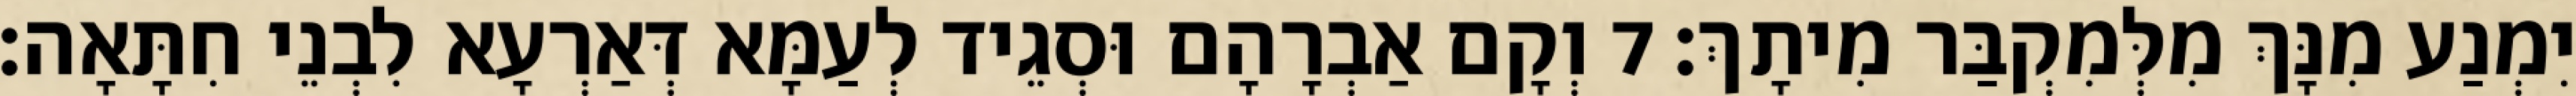
יִמְנַע מִנָּךְ מִלְּמִקְבַּר מִיתָךְ׃ 7 וְקָם אַבְרָהָם וּסְגֵיד לְעַמָּא דְּאַרְעָא לִבְנֵי חִתָּאָה׃